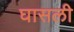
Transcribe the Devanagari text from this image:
घासली